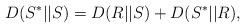
LaTeX: \begin{align*} D(S^*||S) = D(R||S) + D(S^*||R) ,\end{align*}